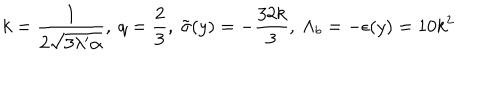
k = \frac { 1 } { 2 \sqrt { 3 \lambda ^ { \prime } \alpha } } , ~ q = \frac { 2 } { 3 } , ~ \tilde { \sigma } ( y ) = - \frac { 3 2 k } { 3 } , ~ \Lambda _ { b } = - \epsilon ( y ) = 1 0 k ^ { 2 }